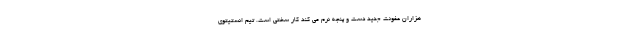
هزاران عفونت جدید دست و پنجه نرم می کند کار سختی است. تیم انستیتوی